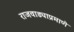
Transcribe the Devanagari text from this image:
राजवाड्याप्रमाणे